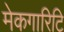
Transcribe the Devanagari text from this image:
मेकगारिटि